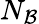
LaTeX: N_{\mathcal{B}}